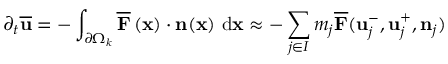
\partial _ { t } \overline { { \mathbf { u } } } = - \int _ { \partial \Omega _ { k } } \overline { { \mathbf { F } } } \left( \mathbf { x } \right) \cdot \mathbf { n } ( \mathbf { x } ) \ \mathrm { d } \mathbf { x } \approx - \sum _ { j \in I } m _ { j } \overline { { \mathbf { F } } } ( \mathbf { u } _ { j } ^ { - } , \mathbf { u } _ { j } ^ { + } , \mathbf { n } _ { j } )